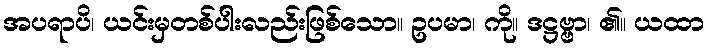
အပရာပိ၊ ယင်းမှတစ်ပါးလည်းဖြစ်သော။ ဥပမာ၊ ကို။ ဒဋ္ဌဗ္ဗာ၊ ၏။ ယထာ